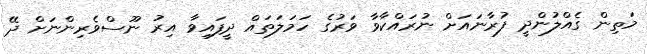
މަތިން ގެއްލުންދީ ފުރާނައަށް ނުރައްކާވާ ވަރުގެ ހަމަލަތައް ދީފައިވާ އިރު ނޫސްވެރިންނަށް ދޭ